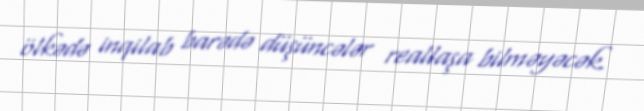
ölkədə inqilab barədə düşüncələr reallaşa bilməyəcək.